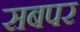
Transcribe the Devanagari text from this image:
सबपर